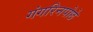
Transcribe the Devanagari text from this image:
गंगरिनपोछे